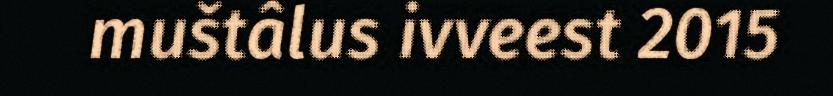
muštâlus ivveest 2015